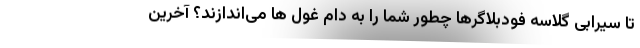
تا سیرابی گلاسه فودبلاگرها چطور شما را به دام غول ها می‌اندازند؟ آخرین